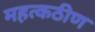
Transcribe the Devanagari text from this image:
महत्कठीण